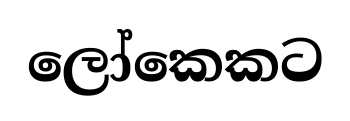
ලෝකෙකට